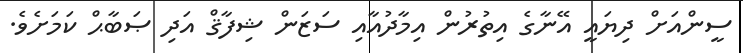
ސީންއަށް ދިޔައީ އޭނާގެ އިތުރުން އިމާދުއާއި ސަޒަން ޝިފާޤް އަދި ޞަބާޙް ކަމަށެވެ.